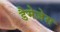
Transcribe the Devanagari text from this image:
डैमेजेस